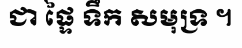
ជា ផ្ទៃ ទឹក សមុទ្រ ។